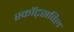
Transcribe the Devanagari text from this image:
स्कॉट्सविल